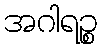
အဂါရဉ္စ